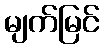
မျက်မြင်